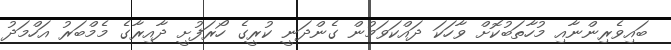
ބައިވެރިންނާއި މުހާތަބުކޮށް ވާހަކަ ދައްކަވަމުން ގެންދަނީ ކުރީގެ ހޯރަފުށީ ދާއިރާގެ މެމްބަރު އަހްމަދު